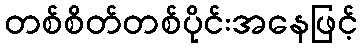
တစ်စိတ်တစ်ပိုင်းအနေဖြင့်